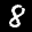
Label: 8